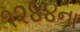
૧૨૪૪ના